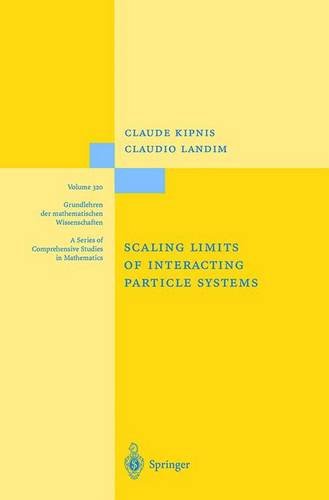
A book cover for Scaling Limits of Interacting Particle Systems (Grundlehren der mathematischen Wissenschaften); Claude Kipnis; Science & Math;